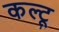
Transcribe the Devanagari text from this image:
कल्टू